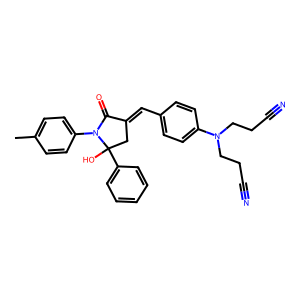
SMILES: Cc1ccc(N2C(=O)C(=Cc3ccc(N(CCC#N)CCC#N)cc3)CC2(O)c2ccccc2)cc1
Inhibits HIV replication: No